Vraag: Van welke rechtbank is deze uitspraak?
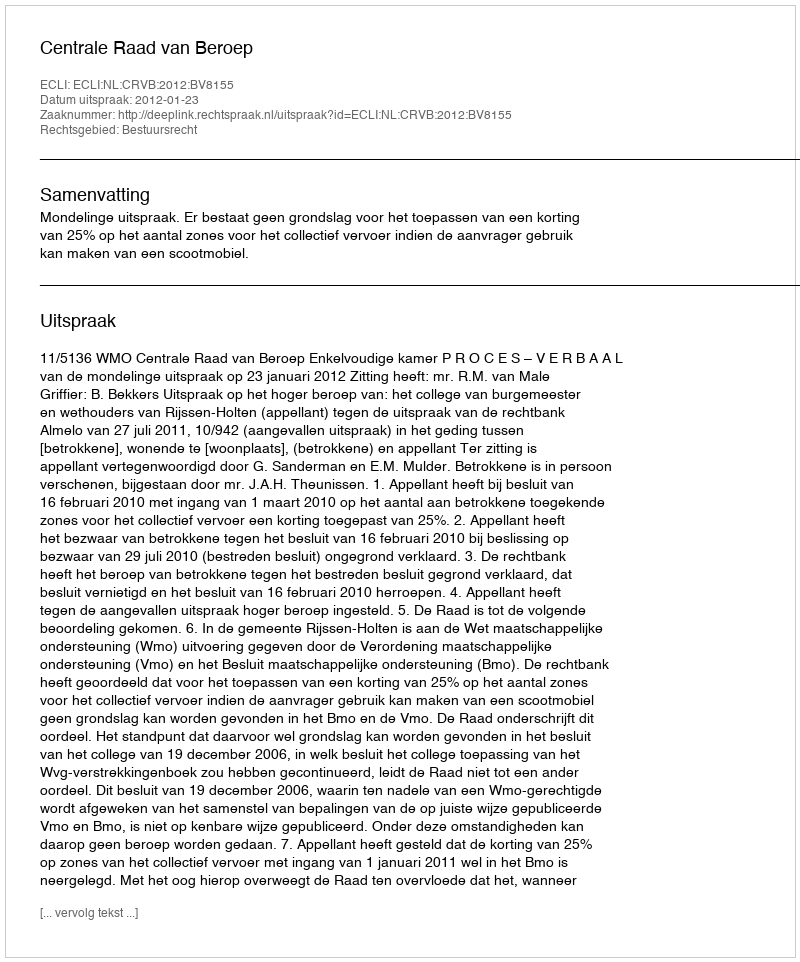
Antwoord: Centrale Raad van Beroep